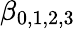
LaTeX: \beta_{0,1,2,3}